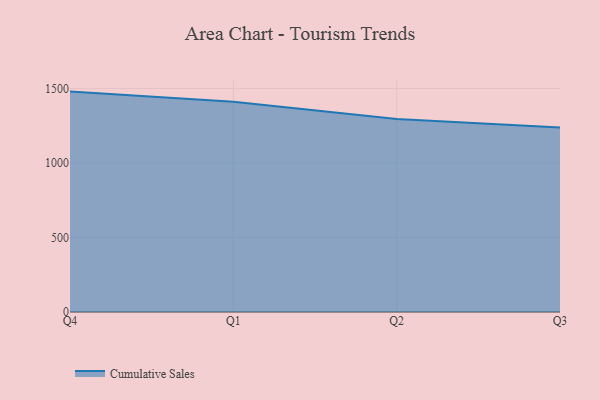
{"axis": {"x": "Quarter", "y": "Net Income (USD K)"}, "legend": ["Cumulative Sales"], "data": [{"x": "Q4", "y": 1479.0, "type": "Cumulative Sales"}, {"x": "Q1", "y": 1411.6, "type": "Cumulative Sales"}, {"x": "Q2", "y": 1295.4, "type": "Cumulative Sales"}, {"x": "Q3", "y": 1238.9, "type": "Cumulative Sales"}]}